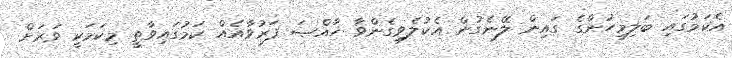
އެކަމުގައި ބަލިމީހުންގެ ގައިން ލޭނެގުން އެކުލެވިގެންވާ ޚާއްޞަ ފަރުވާއެއް ކަމުގައިވާތީ މިކަމަކީ ވަރަށް